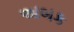
અબક